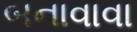
બનાવાવા